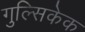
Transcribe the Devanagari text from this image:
गुल्सिकेक